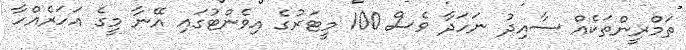
ތަމްރީންތަކެއް ސާއިދު ނަހަދާ ވެސް 100 މީޓަރުގެ އިވެންޓުގައި އޭނާ މީގެ އަހަރެއްހާ